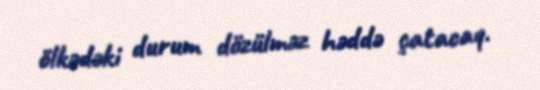
ölkədəki durum dözülməz həddə çatacaq.